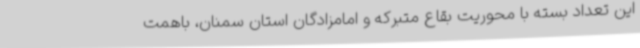
این تعداد بسته با محوریت بقاع متبرکه و امامزادگان استان سمنان، باهمت